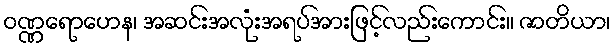
ဝဏ္ဏရောဟေန၊ အဆင်းအလုံးအရပ်အားဖြင့်လည်းကောင်း။ ဇာတိယာ၊